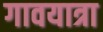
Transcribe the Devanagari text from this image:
गावयात्रा